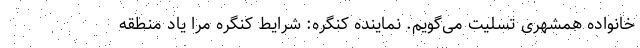
خانواده همشهری تسلیت می‌گویم. نماینده کنگره: شرایط کنگره مرا یاد منطقه